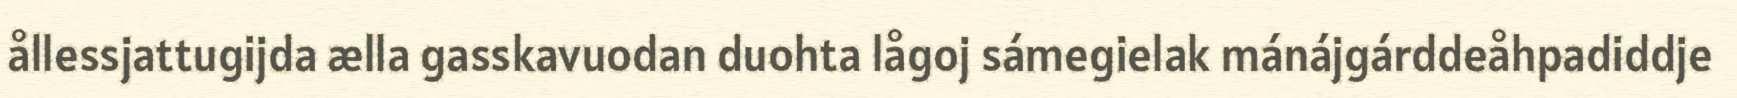
ållessjattugijda ælla gasskavuodan duohta lågoj sámegielak mánájgárddeåhpadiddje